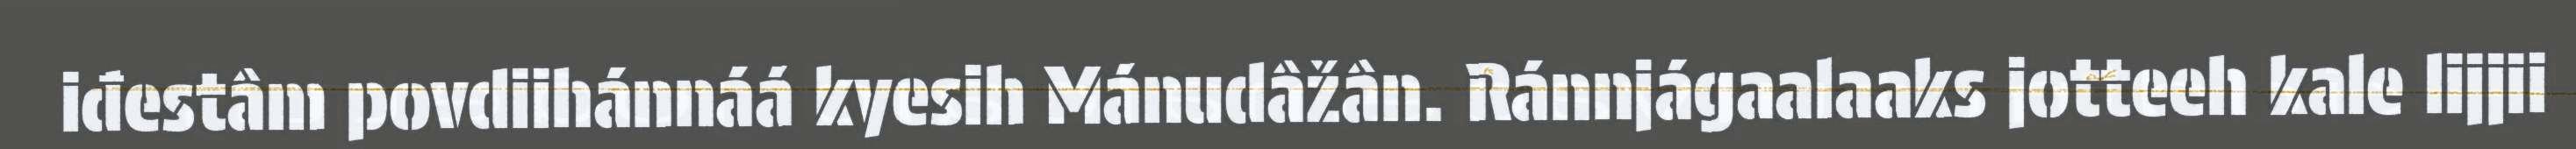
iđestâm povdiihánnáá kyesih Mánudâžân. Ránnjágaalaaks jotteeh kale lijjii